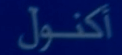
أكنول